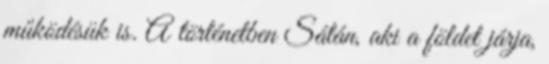
működésük is. A történetben Sátán, aki a földet járja,